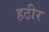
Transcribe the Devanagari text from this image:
हठीर